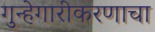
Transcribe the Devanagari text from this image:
गुन्हेगारीकरणाचा